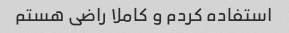
استفاده کردم و کاملا راضی هستم